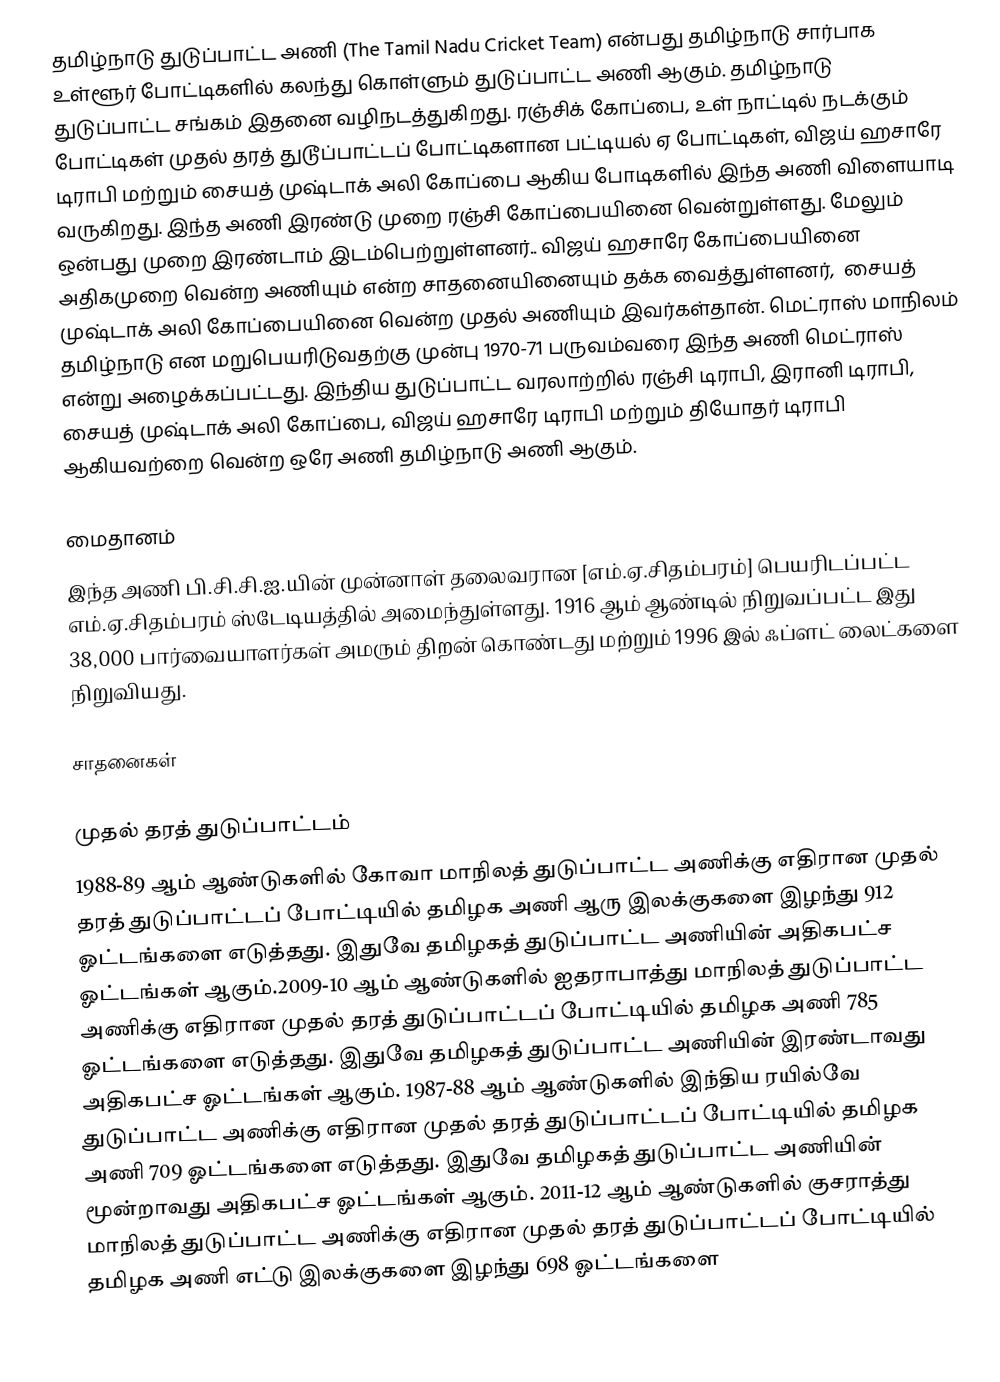
தமிழ்நாடு துடுப்பாட்ட  அணி (The Tamil Nadu Cricket Team) என்பது தமிழ்நாடு சார்பாக உள்ளூர் போட்டிகளில் கலந்து கொள்ளும் துடுப்பாட்ட அணி ஆகும்.  தமிழ்நாடு துடுப்பாட்ட  சங்கம்  இதனை வழிநடத்துகிறது.  ரஞ்சிக் கோப்பை, உள் நாட்டில் நடக்கும் போட்டிகள் முதல் தரத் துடூப்பாட்டப் போட்டிகளான பட்டியல் ஏ போட்டிகள்,  விஜய் ஹசாரே டிராபி மற்றும் சையத் முஷ்டாக் அலி கோப்பை ஆகிய போடிகளில் இந்த அணி விளையாடி வருகிறது. இந்த அணி இரண்டு முறை ரஞ்சி கோப்பையினை வென்றுள்ளது. மேலும்  ஒன்பது முறை இரண்டாம் இடம்பெற்றுள்ளனர்.. விஜய் ஹசாரே கோப்பையினை அதிகமுறை வென்ற அணியும் என்ற சாதனையினையும் தக்க வைத்துள்ளனர், ⁣ சையத் முஷ்டாக் அலி கோப்பையினை வென்ற முதல் அணியும் இவர்கள்தான். மெட்ராஸ் மாநிலம் தமிழ்நாடு என  மறுபெயரிடுவதற்கு முன்பு 1970-71 பருவம்வரை இந்த அணி மெட்ராஸ் என்று அழைக்கப்பட்டது. இந்திய துடுப்பாட்ட  வரலாற்றில் ரஞ்சி டிராபி, இரானி டிராபி, சையத் முஷ்டாக் அலி கோப்பை, விஜய் ஹசாரே டிராபி மற்றும் தியோதர் டிராபி ஆகியவற்றை வென்ற ஒரே அணி தமிழ்நாடு அணி ஆகும்.

மைதானம்
இந்த அணி பி.சி.சி.ஐ.யின் முன்னாள் தலைவரான [எம்.ஏ.சிதம்பரம்] பெயரிடப்பட்ட எம்.ஏ.சிதம்பரம் ஸ்டேடியத்தில் அமைந்துள்ளது. 1916 ஆம் ஆண்டில் நிறுவப்பட்ட இது 38,000 பார்வையாளர்கள் அமரும்  திறன் கொண்டது மற்றும் 1996 இல் ஃப்ளட் லைட்களை நிறுவியது.

சாதனைகள்

முதல் தரத் துடுப்பாட்டம்
1988-89 ஆம் ஆண்டுகளில் கோவா மாநிலத் துடுப்பாட்ட அணிக்கு எதிரான முதல் தரத் துடுப்பாட்டப் போட்டியில் தமிழக அணி ஆரு இலக்குகளை இழந்து  912 ஓட்டங்களை எடுத்தது. இதுவே தமிழகத் துடுப்பாட்ட அணியின் அதிகபட்ச ஓட்டங்கள் ஆகும்.2009-10 ஆம் ஆண்டுகளில் ஐதராபாத்து மாநிலத் துடுப்பாட்ட அணிக்கு எதிரான முதல் தரத் துடுப்பாட்டப் போட்டியில் தமிழக அணி   785 ஓட்டங்களை எடுத்தது. இதுவே தமிழகத் துடுப்பாட்ட அணியின் இரண்டாவது அதிகபட்ச ஓட்டங்கள் ஆகும். 1987-88  ஆம் ஆண்டுகளில் இந்திய ரயில்வே துடுப்பாட்ட அணிக்கு எதிரான முதல் தரத் துடுப்பாட்டப் போட்டியில் தமிழக அணி 709 ஓட்டங்களை எடுத்தது. இதுவே தமிழகத் துடுப்பாட்ட அணியின் மூன்றாவது அதிகபட்ச ஓட்டங்கள் ஆகும்.  2011-12 ஆம் ஆண்டுகளில் குசராத்து மாநிலத் துடுப்பாட்ட அணிக்கு எதிரான முதல் தரத் துடுப்பாட்டப் போட்டியில் தமிழக அணி எட்டு இலக்குகளை இழந்து  698 ஓட்டங்களை